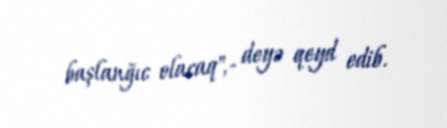
başlanğıc olacaq",- deyə qeyd edib.